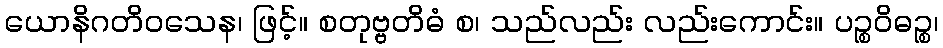
ယောနိဂတိဝသေန၊ ဖြင့်။ စတုဗ္ဗတိဓံ စ၊ သည်လည်း လည်းကောင်း။ ပဉ္စဝိဓဉ္စ၊